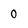
Character: 0